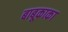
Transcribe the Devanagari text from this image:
बाबूकाका